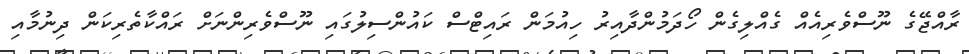
ރާއްޖޭގެ ނޫސްވެރިއެއް ގެއްލިގެން ހޯދަމުންދާއިރު ހިއުމަން ރައިޓްސް ކައުންސިލުގައި ނޫސްވެރިންނަށް ރައްކާތެރިކަން ދިނުމާއި